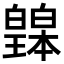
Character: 𤾲